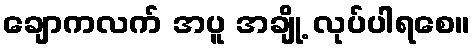
ချောကလက် အပူ အချို့ လုပ်ပါရစေ။